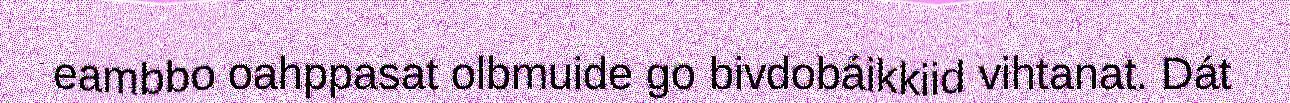
eambbo oahppasat olbmuide go bivdobáikkiid vihtanat. Dát